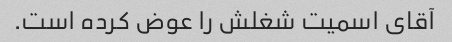
آقای اسمیت شغلش را عوض کرده است.